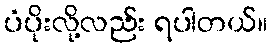
ပံပိုးလို့လည်း ရပါတယ်။